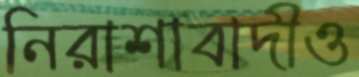
নিরাশাবাদীও